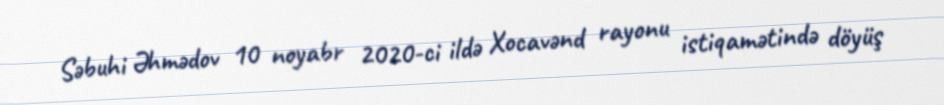
Səbuhi Əhmədov 10 noyabr 2020-ci ildə Xocavənd rayonu istiqamətində döyüş